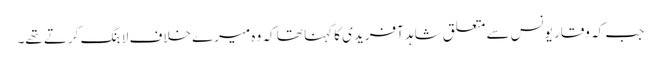
جب کہ وقار یونس سے متعلق شاہد آفریدی کا کہنا تھا کہ وہ میرے خلاف لابنگ کرتے تھے۔